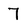
Character: 7